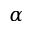
\alpha